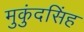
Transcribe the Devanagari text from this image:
मुकुंदसिंह